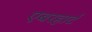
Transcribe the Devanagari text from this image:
एबरहार्ट